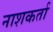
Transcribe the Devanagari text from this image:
नाशकर्ता